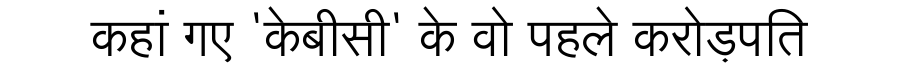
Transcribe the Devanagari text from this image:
कहां गए 'केबीसी' के वो पहले करोड़पति